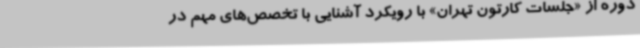
دوره از «جلسات کارتون تهران» با رویکرد آشنایی با تخصص‌های مهم در